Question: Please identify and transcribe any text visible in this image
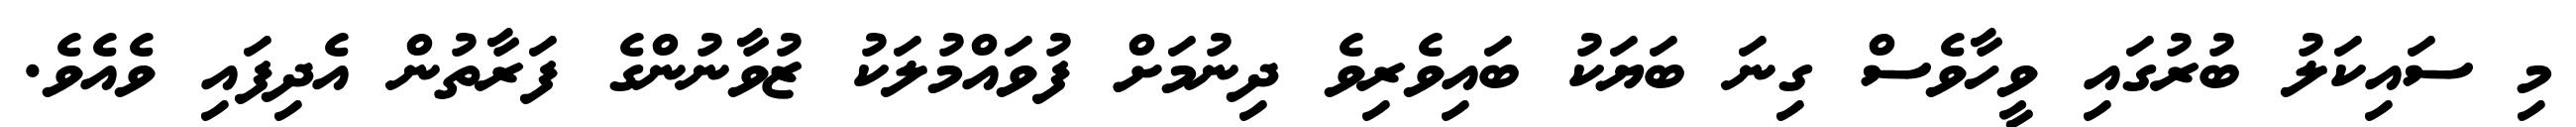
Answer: މި ސައިކަލު ބުރުގައި ވީހާވެސް ގިނަ ބަޔަކު ބައިވެރިވެ ދިނުމަށް ފުވައްމުލަކު ޒުވާނުންގެ ފަރާތުން އެދިފައި ވެއެވެ.